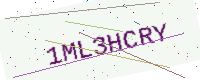
Text: 1ML3HCRY